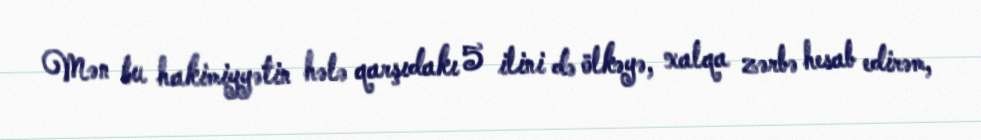
Mən bu hakimiyyətin hələ qarşıdakı 5 ilini də ölkəyə, xalqa zərbə hesab edirəm,